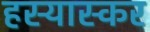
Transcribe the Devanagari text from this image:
हस्यास्कर